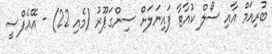
ބުރިއަމް އާއި ސޯލް ކުއާޓާ ފައިނަލަށް ސިންގަޕޫރު (މެއި 22) - އޭއެފްސީ